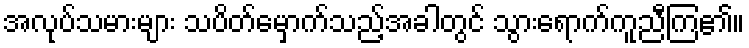
အလုပ်သမားများ သပိတ်မှောက်သည့်အခါတွင် သွားရောက်ကူညီကြ၏။